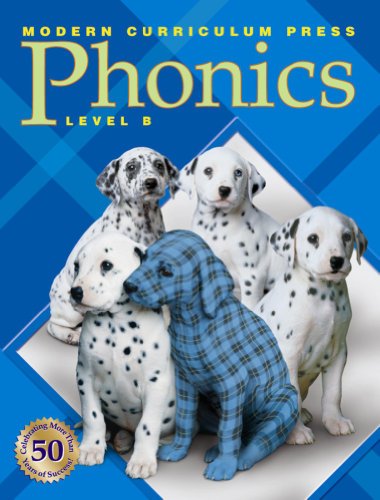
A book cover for MCP Phonics, Level B; MODERN CURRICULUM PRESS; Reference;